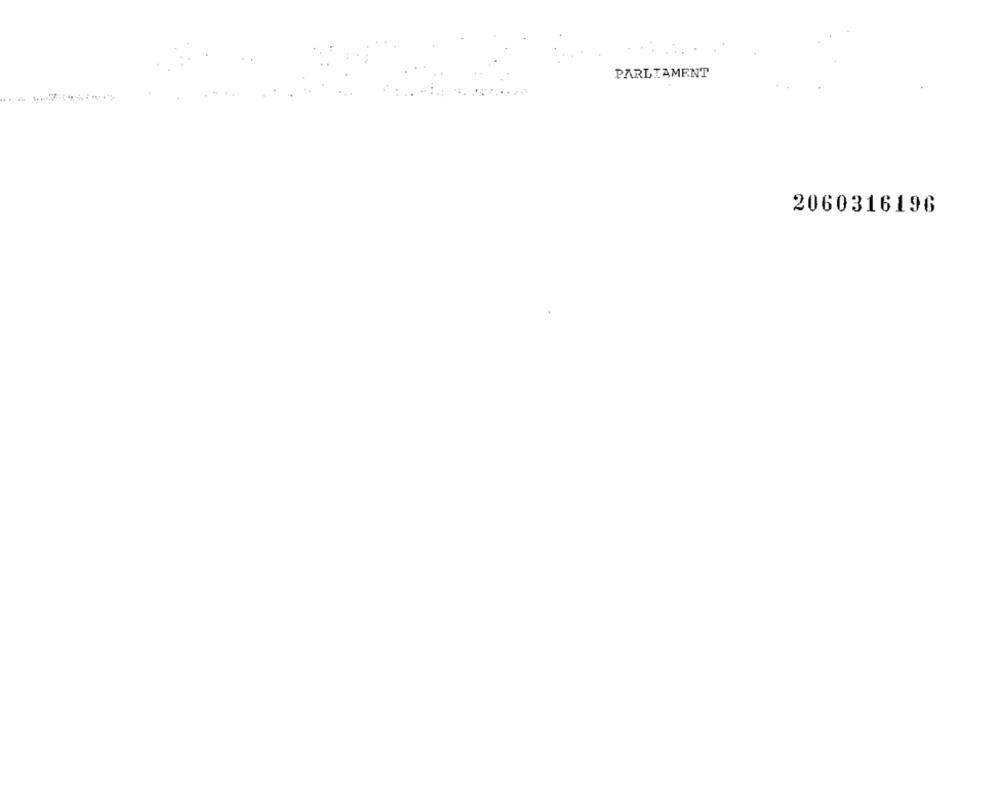
PARLIAMENT
2060316196